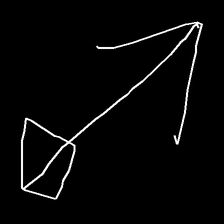
Glyph: focus